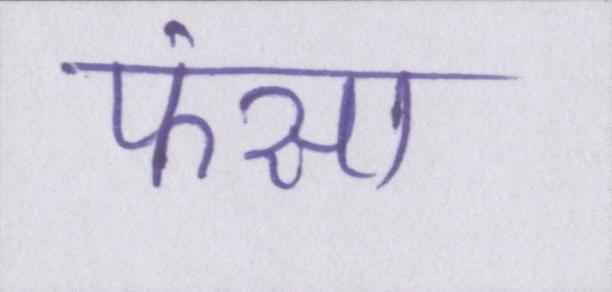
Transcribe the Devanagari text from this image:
फंसा